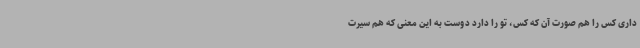
داری کس را هم صورت آن که کس، تو را دارد دوست به این معنی که هم سیرت